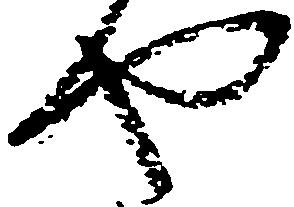
や